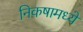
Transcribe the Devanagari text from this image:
निकषामध्ये